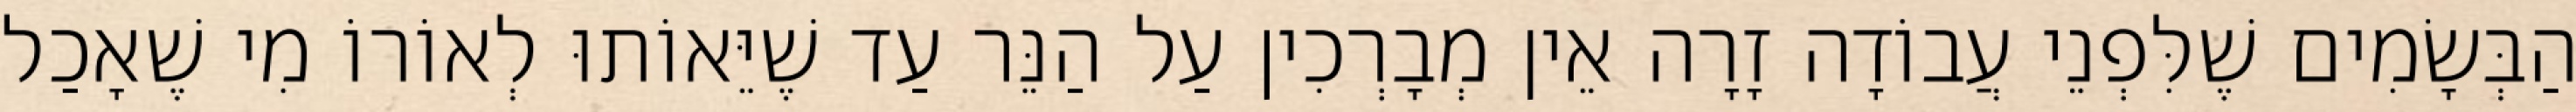
הַבְּשָׂמִים שֶׁלִּפְנֵי עֲבוֹדָה זָרָה אֵין מְבָרְכִין עַל הַנֵּר עַד שֶׁיֵּאוֹתוּ לְאוֹרוֹ מִי שֶׁאָכַל